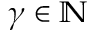
\gamma \in \mathbb { N }